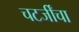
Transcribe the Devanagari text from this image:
चटर्जींचा